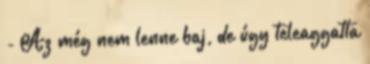
- Az még nem lenne baj, de úgy teleaggatta